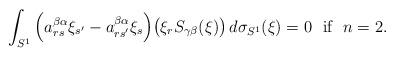
LaTeX: \begin{align*}\int_{S^1}\Big(a^{\beta\alpha}_{rs}\xi_{s'}-a^{\beta\alpha}_{rs'}\xi_{s}\Big)\big(\xi_r S_{\gamma\beta}(\xi)\big)\,d\sigma_{S^1}(\xi)=0\,\,\mbox{ if }\,\,n=2.\end{align*}